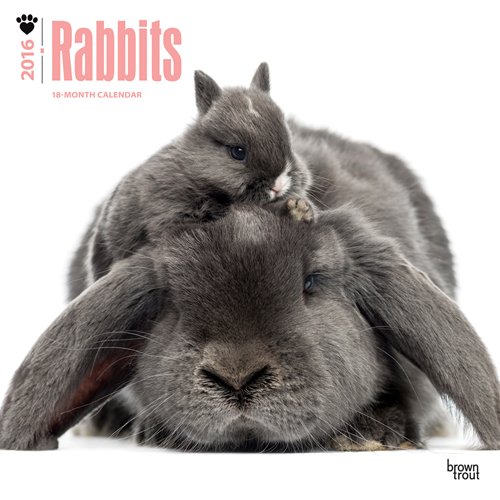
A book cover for Rabbits 2016 Square 12x12 (Multilingual Edition); Browntrout Publishers; Calendars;